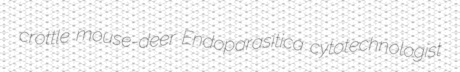
crottle mouse-deer Endoparasitica cytotechnologist